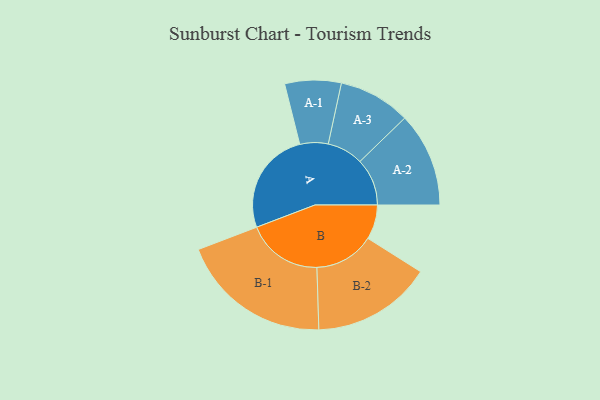
{"axis": {"x": "Segment", "y": "Value"}, "legend": ["", "A", "B"], "data": [{"x": "A", "y": 408, "type": ""}, {"x": "B", "y": 136, "type": ""}, {"x": "A-1", "y": 111, "type": "A"}, {"x": "A-2", "y": 186, "type": "A"}, {"x": "A-3", "y": 142, "type": "A"}, {"x": "B-1", "y": 299, "type": "B"}, {"x": "B-2", "y": 236, "type": "B"}]}